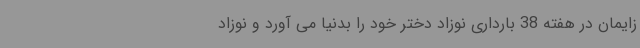
زایمان در هفته 38 بارداری نوزاد دختر خود را بدنیا می آورد و نوزاد